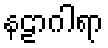
နဠာဂါရာ